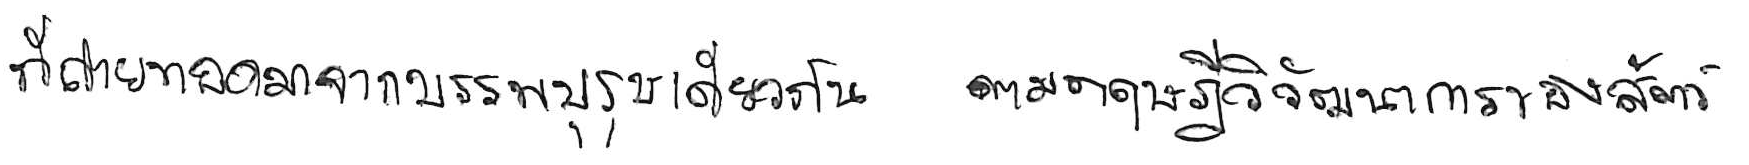
ที่ถ่ายทอดมาจากบรรพบุรุษเดียวกัน ตามทฤษฎีวิวัฒนาการของสัตว์